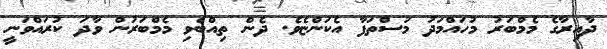
ދާއިރާގެ މެމްބަރު މުހައްމަދު މުސްތަފާ އެކަންޏެވެ. ދެން ތިއްބެވި މެމްބަރުން ވާދަ ކުރައްވަނީ